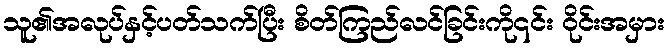
သူ၏အလုပ်နှင့်ပတ်သက်ပြီး စိတ်ကြည်လင်ခြင်းကို၎င်း ဝိုင်းအမှား